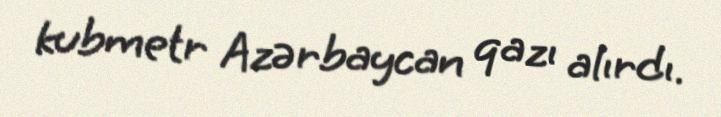
kubmetr Azərbaycan qazı alırdı.